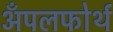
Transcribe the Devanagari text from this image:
अँपलफोर्थ